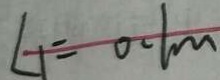
L _ { 1 } = 0 . 1 m